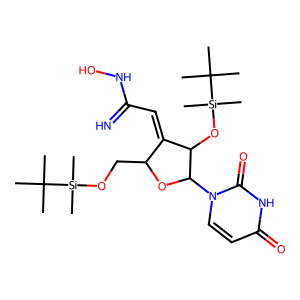
SMILES: CC(C)(C)[Si](C)(C)OCC1OC(n2ccc(=O)[nH]c2=O)C(O[Si](C)(C)C(C)(C)C)C1=CC(=N)NO
Inhibits HIV replication: No